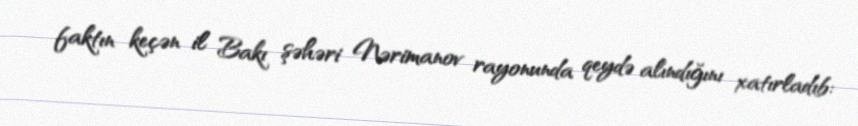
faktın keçən il Bakı şəhəri Nərimanov rayonunda qeydə alındığını xatırladıb: